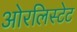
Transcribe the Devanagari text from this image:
ओरलिस्टेट